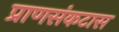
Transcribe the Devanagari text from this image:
प्राणसंकटास